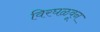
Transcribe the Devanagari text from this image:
विरघळवून